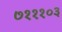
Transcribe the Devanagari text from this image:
७१११०३